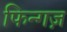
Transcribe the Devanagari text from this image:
फिन्गज़